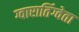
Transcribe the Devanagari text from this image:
ग्वारातिंग्वेता